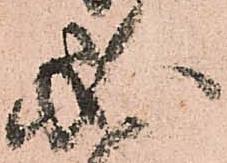
必